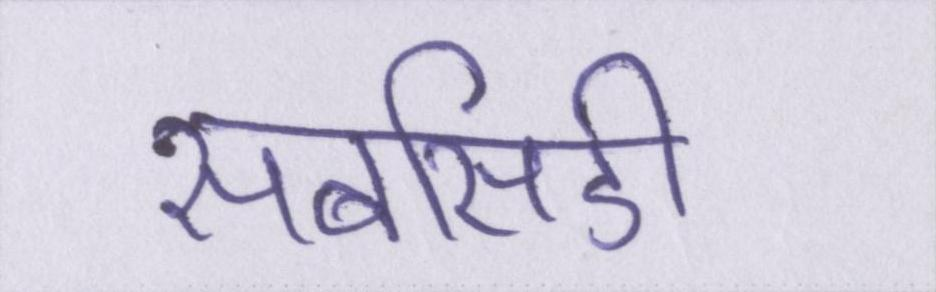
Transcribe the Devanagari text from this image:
सबसिडी